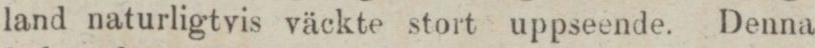
land naturligtvis väckte stort uppseende. Denna